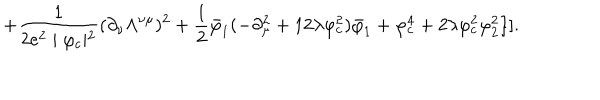
LaTeX: + \frac { 1 } { 2 e ^ { 2 } \mid \varphi _ { c } \mid ^ { 2 } } ( \partial _ { \nu } \Lambda ^ { \nu \mu } ) ^ { 2 } + \frac { 1 } { 2 } \bar { \varphi } _ { 1 } ( - \partial _ { \mu } ^ { 2 } + 1 2 \lambda \varphi _ { c } ^ { 2 } ) \bar { \varphi } _ { 1 } + \varphi _ { c } ^ { 4 } + 2 \lambda \varphi _ { c } ^ { 2 } \varphi _ { 2 } ^ { 2 } \} ] .